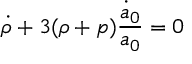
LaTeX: \dot { \rho } + 3 ( \rho + p ) \frac { \dot { a } _ { 0 } } { a _ { 0 } } = 0